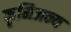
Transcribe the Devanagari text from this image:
कृमिजन्य